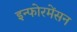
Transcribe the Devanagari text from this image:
इन्फोरमेंसन